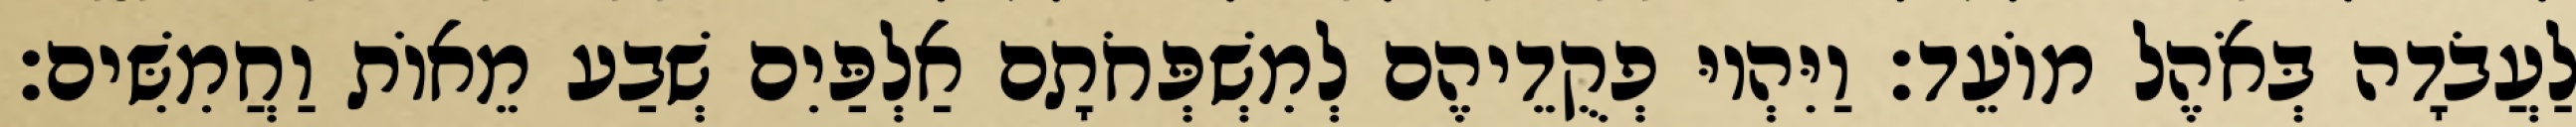
לַעֲבֹדָה בְּאֹהֶל מוֹעֵד׃ וַיִּהְיוּ פְקֻדֵיהֶם לְמִשְׁפְּחֹתָם אַלְפַּיִם שְׁבַע מֵאוֹת וַחֲמִשִּׁים׃